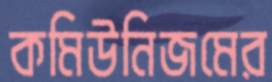
কমিউনিজমের